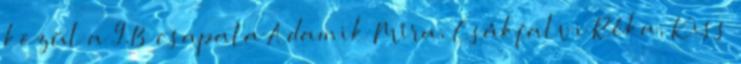
közül a 9.B csapata Adamik Míra, Csákfalvi Réka, Kiss